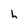
Character: L